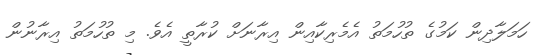
ހަމަލާދިން ކަމުގެ ތުހުމަތު އެމެރިކާއިން އިރާނަށް ކުރާތީ އެވެ. މި ތުހުމަތު އިރާނުން